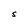
Character: S